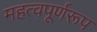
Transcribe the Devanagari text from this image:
महत्वपूर्णरूप